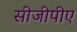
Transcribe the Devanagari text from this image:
सीजीपीए